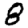
Digit: 8